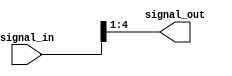
module part_select_assign (
    input [7:0] signal_in,
    output [3:0] signal_out
);

assign signal_out = signal_in[4:1];

endmodule